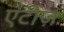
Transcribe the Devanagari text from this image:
एटीज़